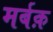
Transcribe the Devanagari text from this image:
मर्बक़